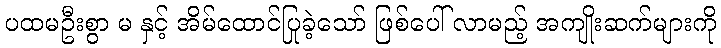
ပထမဦးစွာ မ နှင့် အိမ်ထောင်ပြုခဲ့သော် ဖြစ်ပေါ် လာမည့် အကျိုးဆက်များကို